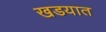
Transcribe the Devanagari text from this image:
खडयात